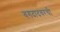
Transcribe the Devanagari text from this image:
बगदादवरची